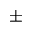
\pm